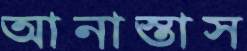
আনাস্তাস